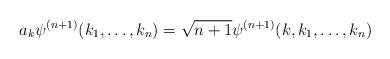
LaTeX: \begin{align*}a_k \psi^{(n+1)} (k_1,\ldots,k_n) = \sqrt{n+1}\psi^{(n+1)}(k,k_1,\ldots,k_n)\end{align*}